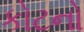
કોટનો